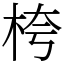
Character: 桍